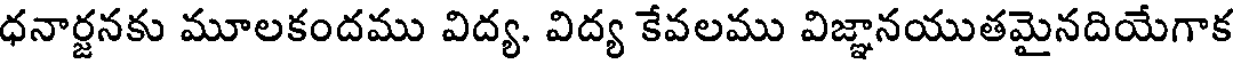
ధనార్జనకు మూలకందము విద్య. విద్య కేవలము విజ్ఞానయుతమైనదియేగాక